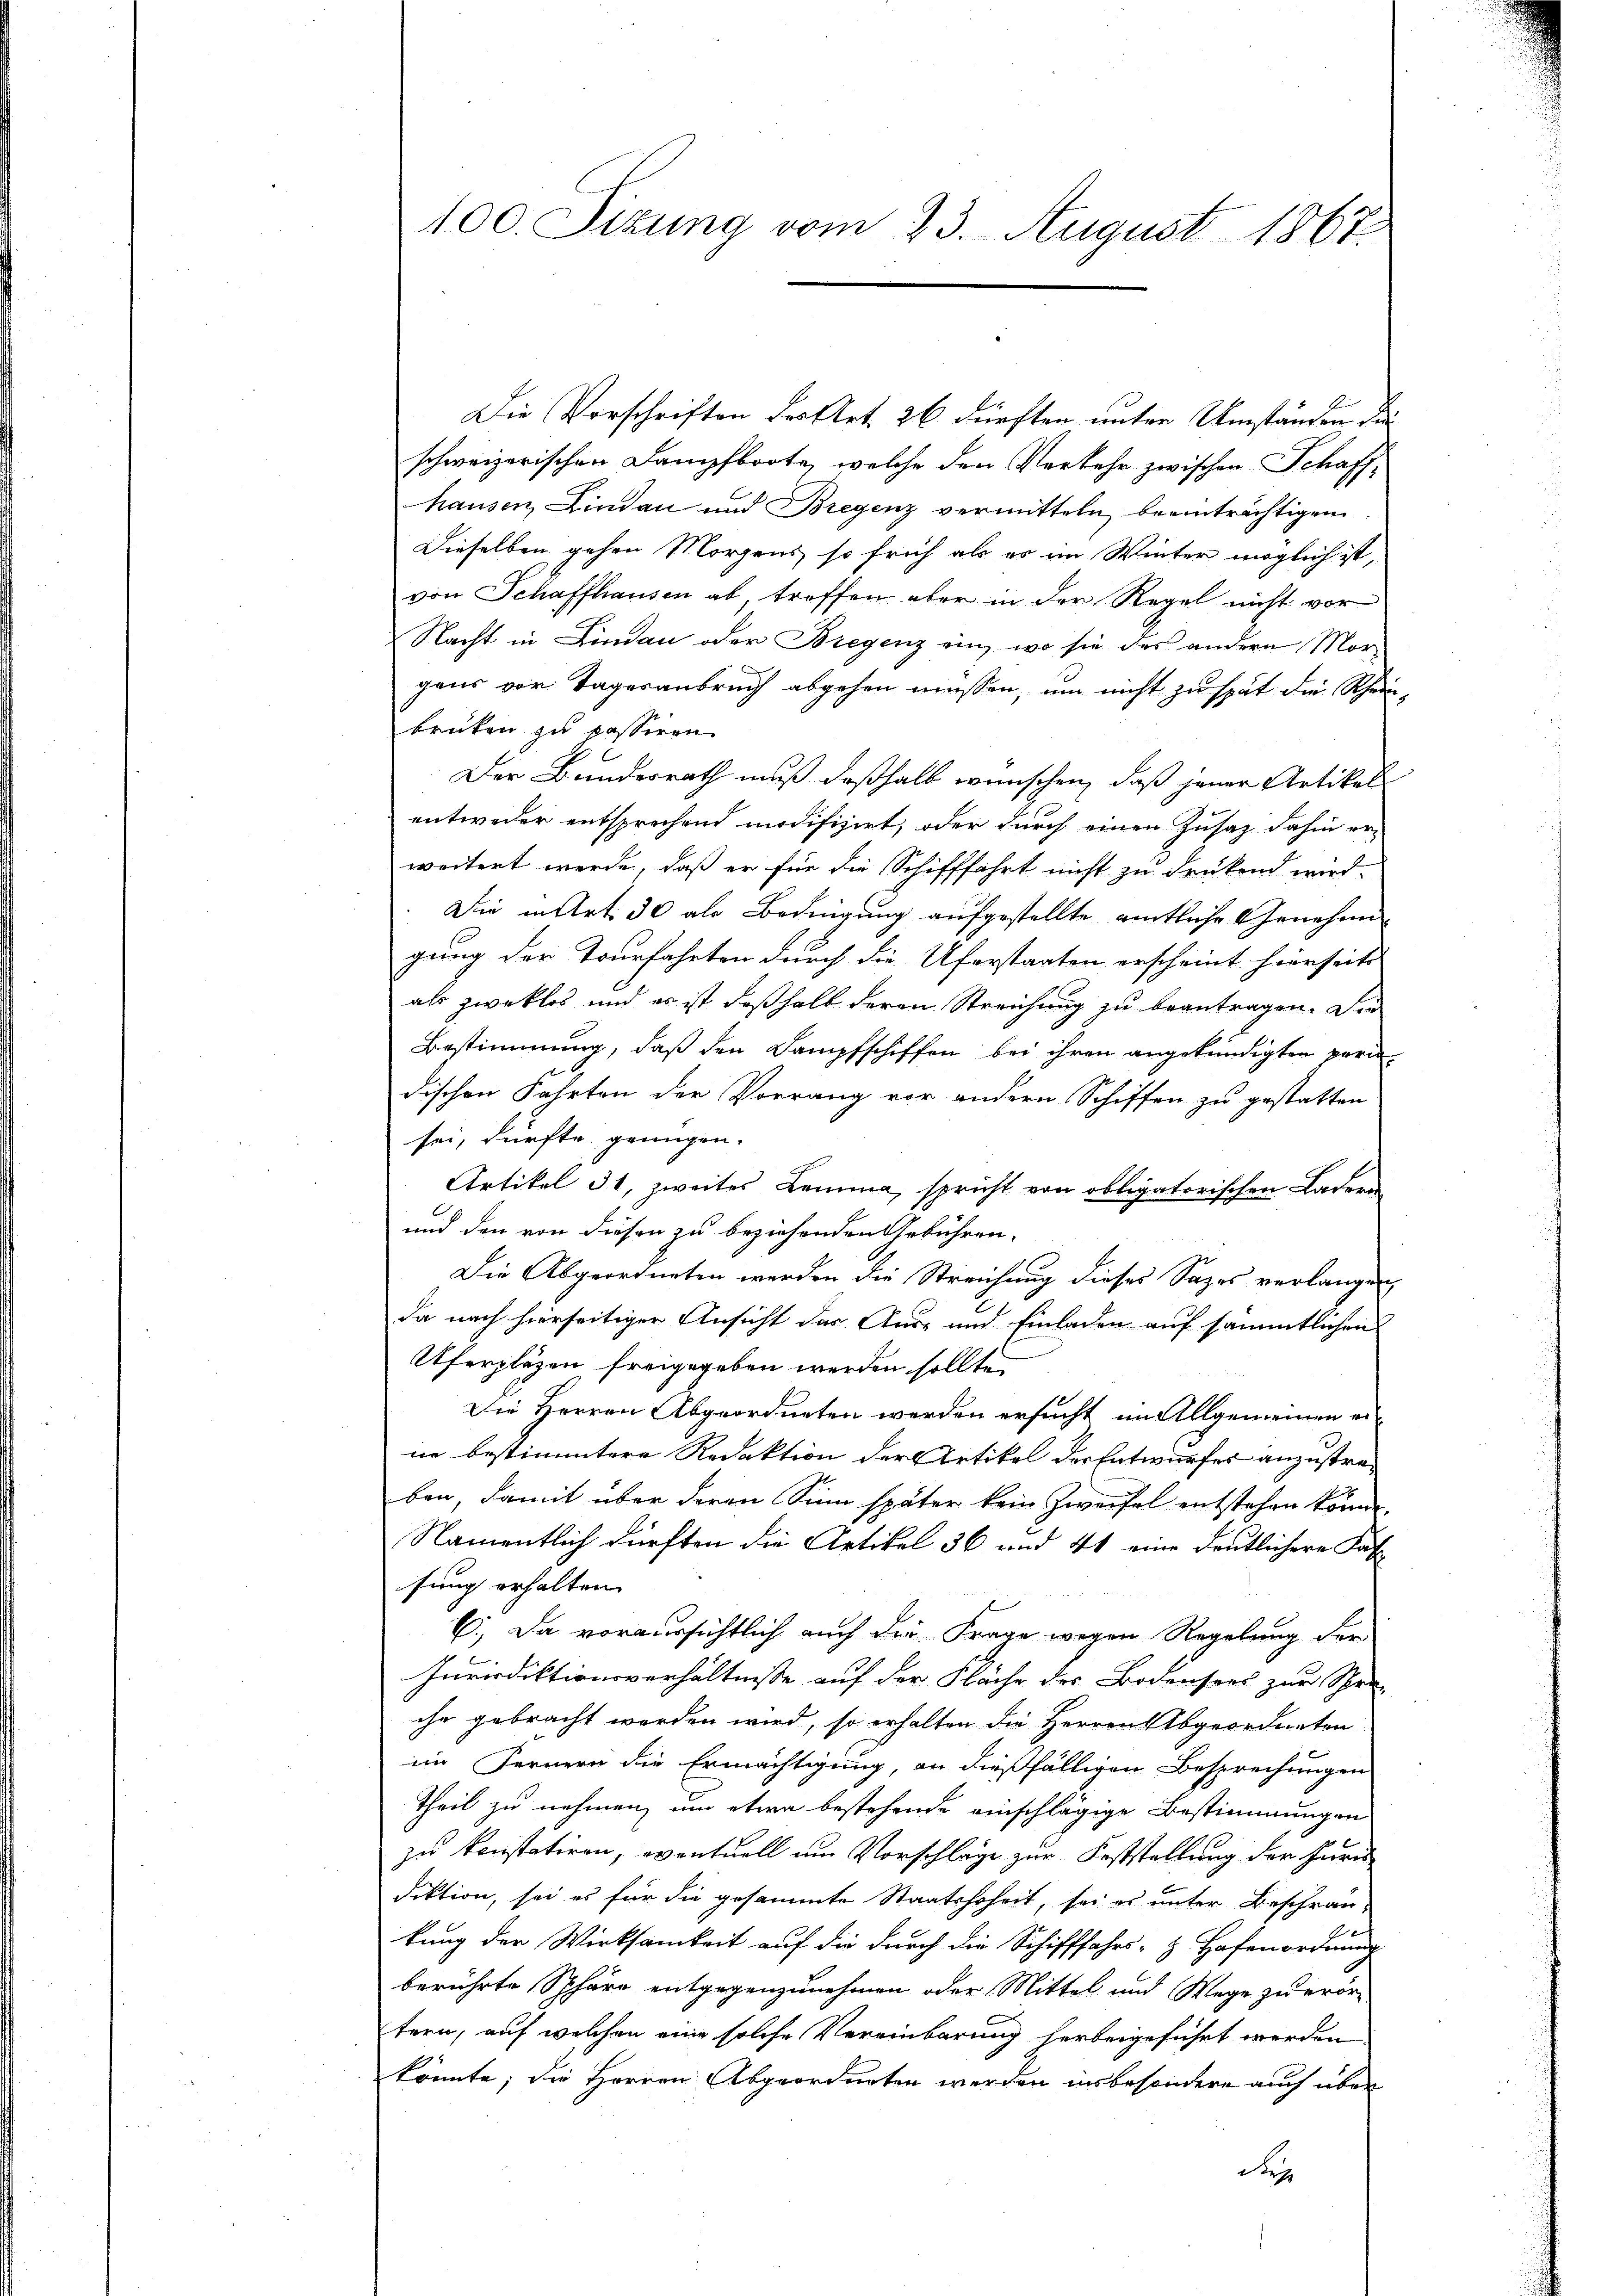
Die Vorschriften des Art. 26 dürften unter Umständen der
schweizerischen Dampfboote, welche den Verkehr zwischen Schaffhausen, Lindau und Bregenz vermitteln beeinträchtigen
Dieselben gehen Morgens, so früh als es im Winter möglich ist,
von Schaffhausen ab, treffen aber in der Regel nicht vor
Nacht in Lindau oder Bregenz einz, wo sie des andern Mor-
gans vor Tagesanbruch abgehen müssen, um nicht zu spät die Rhein-
brüken zu passiren.
Der Bundesrath muß deßhalb wünschen, daß jener Artikale
entweder entsprechend modifizirt, oder durch einen Zusatz dahin erweitert werde, daß er für die Schifffahrt nicht zu drückend wird.
Die in Art. 30 als Bedingung aufgestellte amtliche Genehm
gung der Tourfahrten durch die Uferstaaten erscheint hierseite
als zwecklos und es ist deßhalb deren Streichung zu beantragen. Die
Bestimmung, daß den Dampfschiffen bei ihren angekündigten perin
dischen Fahrten der Vorrang vor andern Schiffen zu gestatten
sei, dürfte genügen.
Artikel 31, zweites Lemma, spricht von obligatorischen Ladern
und den von diesen zu beziehenden Gebühren.
Die Abgeordneten werden die Streichung dieses Sazes verlangen
da nach hierseitiger Ansicht das Aus- und Einladen auf sämmtlichen
Uferplägen freigegeben werden sollte
Die Herren Abgeordneten werden ersucht im Allgemeinen erne bestimmtere Redaktion der Artikel der Entwurfes anzustraben, damit über deren Sinn später kein Zweifel entstehen könne.
Namentlich dürften die Artikel 36 und 41 eine deutlichere Falfung erhalten.
C.) Da voraussichtlich auch der Frage wegen Regelung der
Jurisdiktionsverhältnisse auf der Fläche des Bodensees zur Spre-
che gebracht werden wird, so erhalten die Herren Abgeordneten
im Fernern die Ermächtigung, an dießfälligen Besprechungen
theil zu nehmen, um etwa bestehende einschlägige Bestimmungen
zu konstatiren, eventuell um Vorschläge zur Feststellung der Furc
diktion, sei es für die gesammte Staatshoheit, sei es unter Beschrän¬
A
kung der Wirksamkeit auf die durch die Schifffahrs-H. Hafenordnung
berührte Sphäre entgegenzunehmen oder Mittel und Wege zu erör
tern, auf welchen eine solche Vereinbarung herbeigeführt werden.
könnte; die Herren Abgeordneten werden insbesondere auch über
d

100. Sizung vom 23. August 1867.